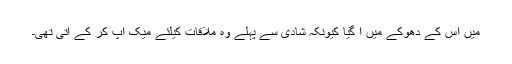
میں اس کے دھوکے میں آ گیا کیونکہ شادی سے پہلے وہ ملاقات کیلئے میک اپ کر کے آتی تھی۔